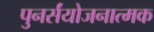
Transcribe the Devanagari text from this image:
पुनर्संयोजनात्मक